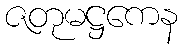
ဇတုမဋ္ဌကေန